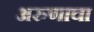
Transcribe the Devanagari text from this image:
अरुणाचा